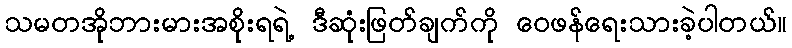
သမတအိုဘားမားအစိုးရရဲ့ ဒီဆုံးဖြတ်ချက်ကို ဝေဖန်ရေးသားခဲ့ပါတယ်။